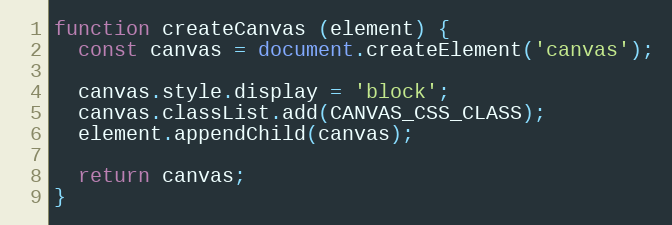
Language: JavaScript
function createCanvas (element) {
  const canvas = document.createElement('canvas');

  canvas.style.display = 'block';
  canvas.classList.add(CANVAS_CSS_CLASS);
  element.appendChild(canvas);

  return canvas;
}